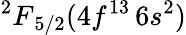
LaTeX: {^2F}_{5/2}(4f^{13}\, 6s^{2})